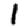
Digit: 1